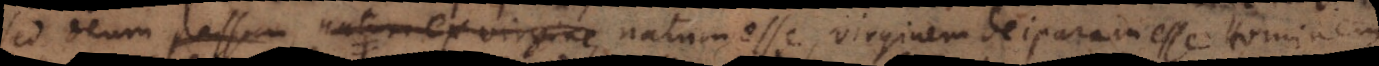
Sed Deum passum natum ex virgine, natum esse, virginem deiparam esse, hominem